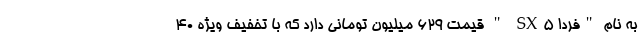
به نام "فردا SX5 " قیمت 629 میلیون تومانی دارد که با تخفیف ویژه 40